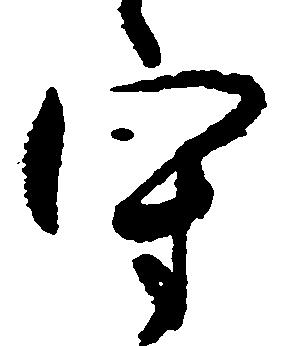
守